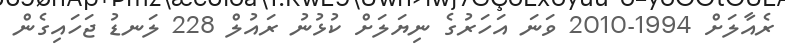
ރެއާލަށް 1994-2010 ވަނަ އަހަރުގެ ނިޔަލަށް ކުޅުނު ރައުލް 228 ލަނޑު ޖަހައިގެން